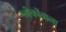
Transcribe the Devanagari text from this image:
श्लोकोंवाला